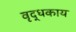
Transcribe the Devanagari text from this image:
वृद्धकाय